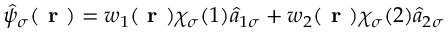
\begin{array} { r } { \hat { \psi } _ { \sigma } ( \textbf { r } ) = w _ { 1 } ( \textbf { r } ) \chi _ { \sigma } ( 1 ) \hat { a } _ { 1 \sigma } + w _ { 2 } ( \textbf { r } ) \chi _ { \sigma } ( 2 ) \hat { a } _ { 2 \sigma } } \end{array}